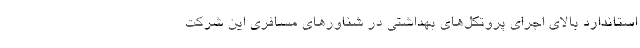
استاندارد بالای اجرای پروتکل‌های بهداشتی در شناورهای مسافری این شرکت